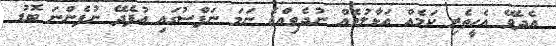
އެދެވޭ އެހީތެރި ކަމެއް އަޅާލުމެއް ނުދެވިއްޖެ ނަމަ ނަފްސުގައި އުފެދޭ ނުފެންނަ ބޮޑު